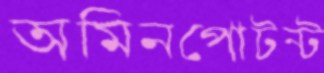
অমিনপোটন্ট